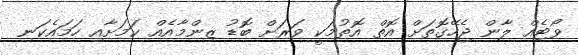
ވޯޓެއް ލާން ޖެހޭގޮތަށް އޮތް އޮތުމަކީ ވަރަށް ބޮޑު ޒިންމާއެއް ކަމަށާއި ހަމައެކަނި